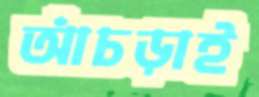
আঁচড়াই